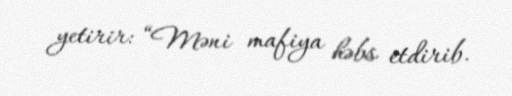
yetirir: “Məni mafiya həbs etdirib.